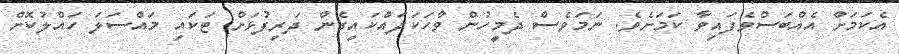
އެކަމަށް އެއްބަސްވެފައިވާ ކަމަށެވެ. ނަމަވެސް ދެމީހުން ވާހަކަދައްކައިގެން ދަރިފުޅަށް ޓަކައި މައްސަލަ ހައްލުކޮށް